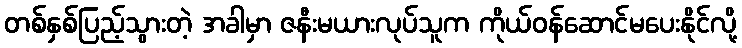
တစ်နှစ်ပြည့်သွားတဲ့ အခါမှာ ဇနီးမယားလုပ်သူက ကိုယ်ဝန်ဆောင်မပေးနိုင်လို့